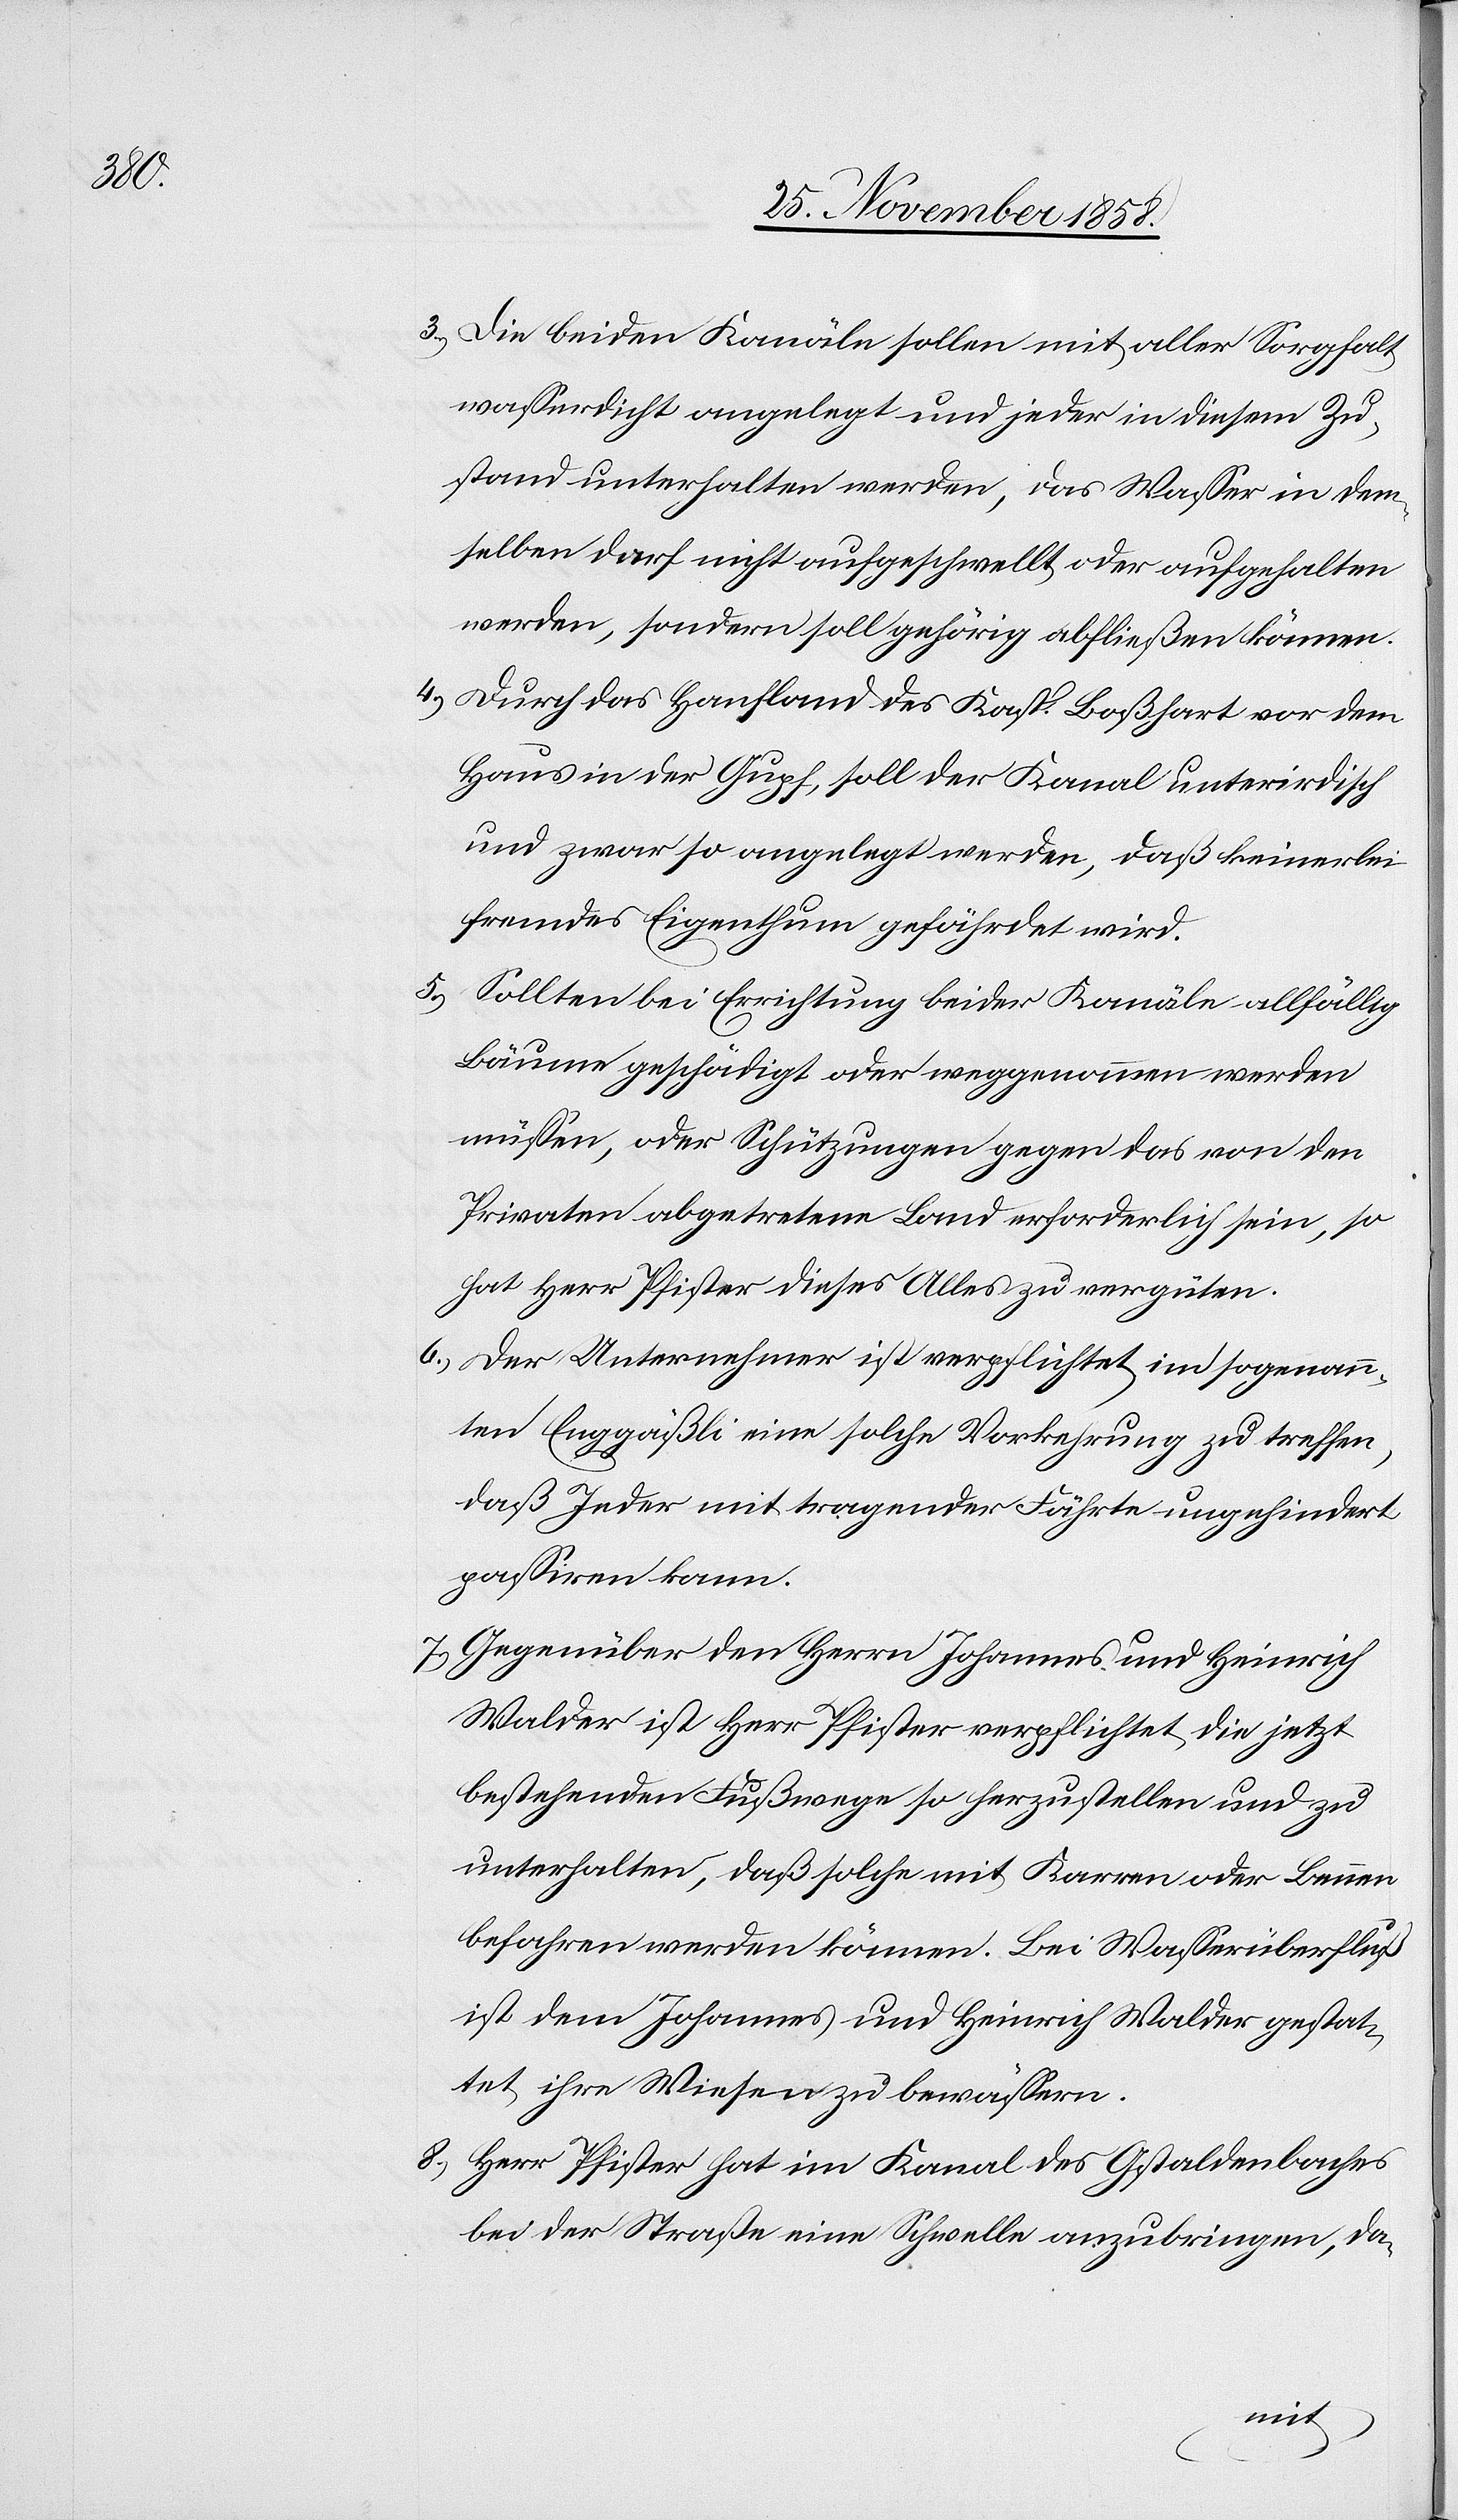
3.)

Die beiden Kanäle sollen mit aller Sorgfalt
wasserdicht angelegt und jeder in diesem Zu¬
stand unterhalten werden, das Wasser in dem¬
selben darf nicht aufgeschwellt oder aufgehalten
werden, sondern soll gehörig abfließen können.
Durch das Hanfland des Kasp. Boßhart vor dem
Haus in der Gupf, soll der Kanal unterirdisch
und zwar so angelegt werden, daß keinerlei
fremdes Eigenthum gefährdet wird.
Sollten bei Errichtung beider Kanäle allfällig
Bäume geschädigt oder weggenommen werden
müssen, oder Schützungen gegen das von den
Privaten abgetretene Land erforderlich sein, so
hat Herr Pfister dieses Alles zu vergüten.
Der Unternehmer ist verpflichtet, im sogenann¬
ten Enggäßli eine solche Vorkehrung zu treffen,
daß Jeder mit tragender Fährte ungehindert
passiren kann.
Gegenüber den Herrn Johannes und Heinrich
Walder ist Herr Pfister verpflichtet, die jetzt
bestehenden Fußwege so herzustellen und zu
unterhalten, daß solche mit Karren oder Bennen
befahren werden können. Bei Wasserüberfluß
ist dem Johannes und Heinrich Walder gestat¬
tet, ihre Wiesen zu bewässern.
Herr Pfister hat im Kanal des Gstaldenbaches
bei der Straße eine Schwelle anzubringen, da-